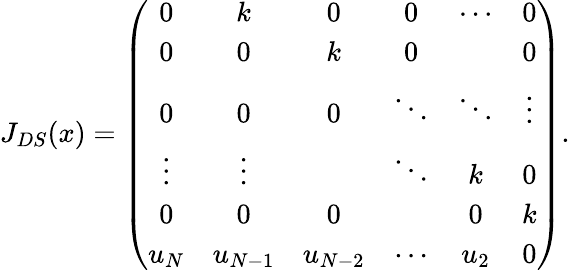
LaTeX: J_{DS}(x)=\left(\begin{array}{cccccc}{{0}}&{{k}}&{{0}}&{{0}}&{{\cdots}}&{{0}}\\ {{0}}&{{0}}&{{k}}&{{0}}&{{}}&{{0}}\\ {{0}}&{{0}}&{{0}}&{{\ddots}}&{{\ddots}}&{{\vdots}}\\ {{\vdots}}&{{\vdots}}&{{}}&{{\ddots}}&{{k}}&{{0}}\\ {{0}}&{{0}}&{{0}}&{{}}&{{0}}&{{k}}\\ {{u_{N}}}&{{u_{N-1}}}&{{u_{N-2}}}&{{\cdots}}&{{u_{2}}}&{{0}}\end{array}\right).